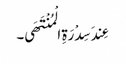
عِندَ سِدْرَةِ الْمُنْتَھَی۔